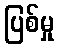
ပြစ်မှု